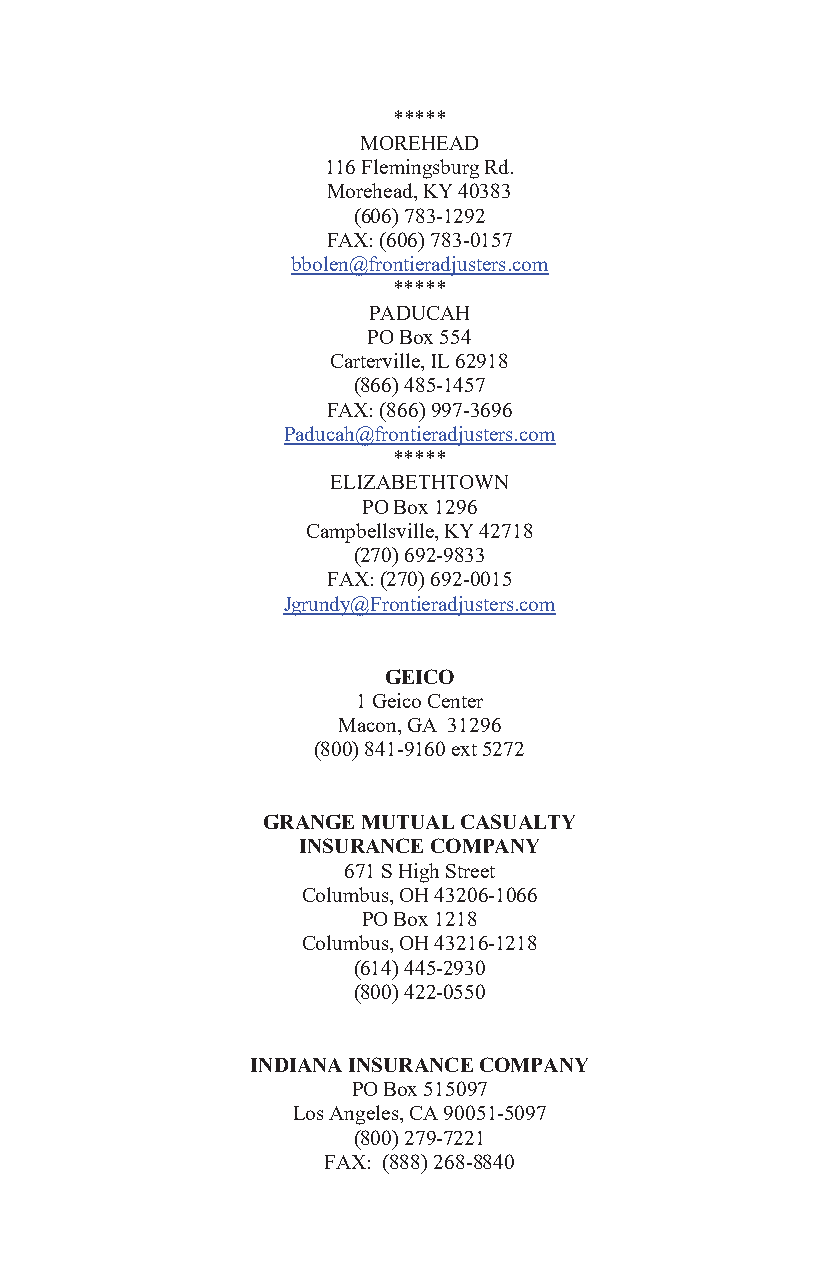
*****
 MOREHEAD
 116 Flemingsburg Rd.
 Morehead, KY 40383
 (606) 783-1292
 FAX: (606) 783-0157
 bbolen@frontieradjusters.com
 *****
 PADUCAH
 PO Box 554
 Carterville, IL 62918
 (866) 485-1457
 FAX: (866) 997-3696
 Paducah@frontieradjusters.com
 *****
 ELIZABETHTOWN
 PO Box 1296
 Campbellsville, KY 42718
 (270) 692-9833
 FAX: (270) 692-0015
 Jgrundy@Frontieradjusters.com
 GEICO
 1 Geico Center
 Macon, GA 31296
 (800) 841-9160 ext 5272
 GRANGE MUTUAL CASUALTY
 INSURANCE COMPANY
 671 S High Street
 Columbus, OH 43206-1066
 PO Box 1218
 Columbus, OH 43216-1218
 (614) 445-2930
 (800) 422-0550
 INDIANA INSURANCE COMPANY
 PO Box 515097
 Los Angeles, CA 90051-5097
 (800) 279-7221
 FAX: (888) 268-8840